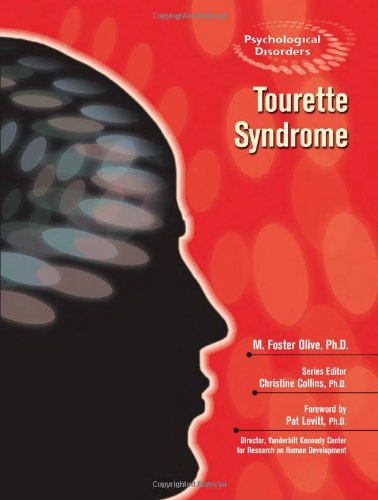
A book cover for Tourette Syndrome (Psychological Disorders); M. Foster Olive; Teen & Young Adult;